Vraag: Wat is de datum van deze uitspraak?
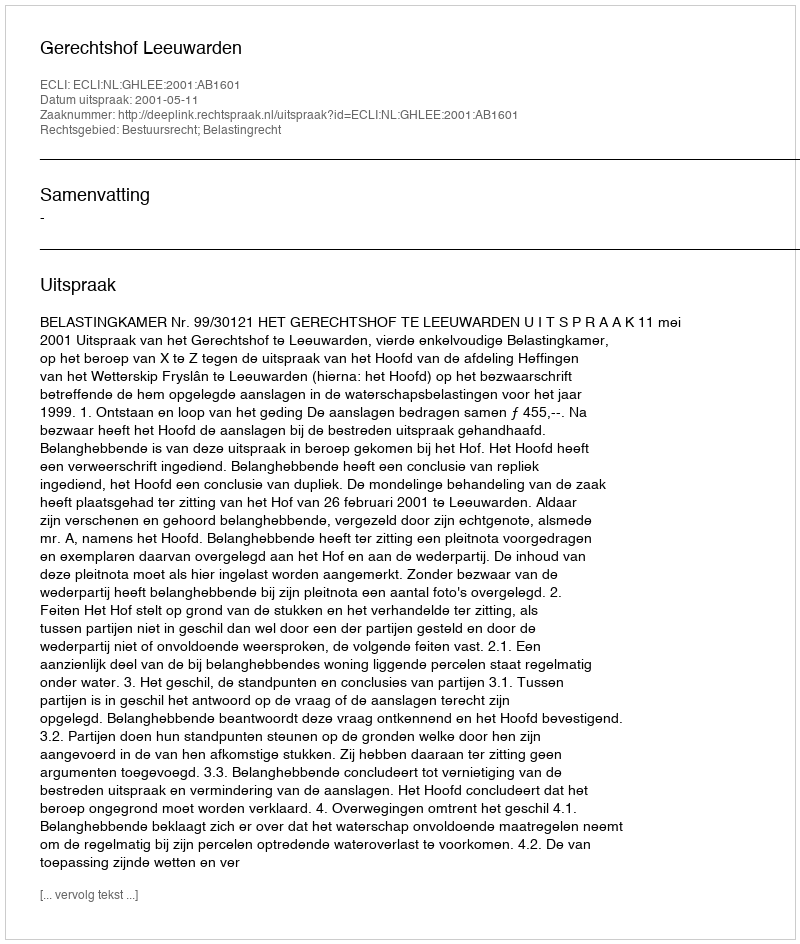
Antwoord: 2001-05-11